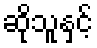
ဆိုသူနှင့်